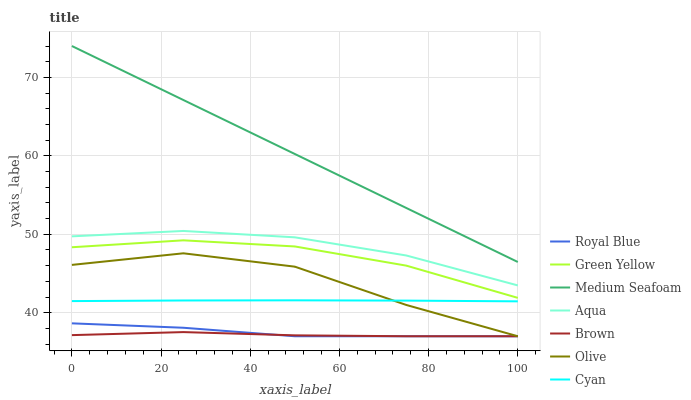
| xaxis_label | Royal Blue | Green Yellow | Medium Seafoam | Aqua | Brown | Olive | Cyan |
 | --- | --- | --- | --- | --- | --- | --- | --- |
 | 0 | 38.6 | 48.3 | 74 | 49.7 | 37.1 | 46.1 | 41.5 |
 | 25 | 38.1 | 49.2 | 67.1 | 50.4 | 37.5 | 47.6 | 41.6 |
 | 50 | 37 | 48.4 | 60.2 | 49.6 | 37.1 | 45.9 | 41.6 |
 | 75 | 37 | 46 | 53.4 | 47.3 | 37 | 41 | 41.5 |
 | 100 | 37 | 41.9 | 46.5 | 43.5 | 37 | 37 | 41.5 |